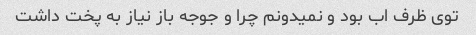
توی ظرف اب بود و نمیدونم چرا و جوجه باز نیاز به پخت داشت